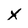
Character: X